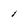
Character: 1